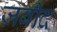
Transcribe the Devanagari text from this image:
ज़बीद